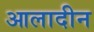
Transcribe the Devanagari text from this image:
आलादीन